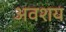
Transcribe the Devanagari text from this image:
अवशय